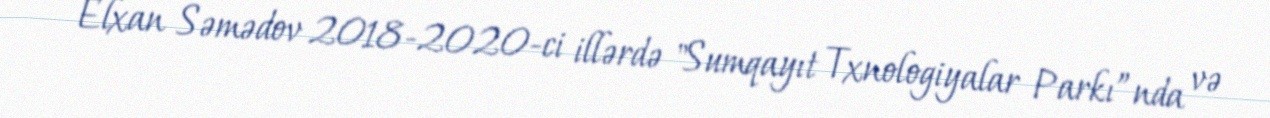
Elxan Səmədov 2018-2020-ci illərdə "Sumqayıt Txnologiyalar Parkı”nda və